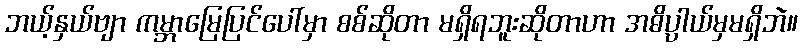
ဘယ့်နှယ်ဗျာ ကမ္ဘာမြေပြင်ပေါ်မှာ စစ်ဆိုတာ မရှိရဘူးဆိုတာဟာ အဓိပ္ပာယ်မှမရှိဘဲ။